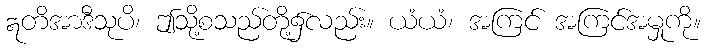
ဣတိအာဒီသုပိ၊ ဤသို့စသည်တို့၌လည်း။ ယံယံ၊ အကြင် အကြင်အမှုကို။